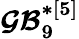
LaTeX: \boldsymbol{\mathcal{GB}_{9}^{*[5]}}